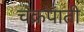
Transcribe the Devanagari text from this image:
चक्रपाती